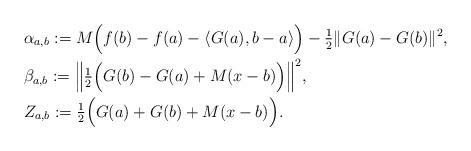
LaTeX: \begin{align*}& \alpha_{a,b} := M \Big ( f(b)-f(a)- \langle G(a), b-a \rangle \Big ) -\tfrac{1}{2}\|G(a)-G(b)\|^2,\\& \beta_{a,b} := \Big \| \tfrac{1}{2} \Big ( G(b)-G(a)+M (x-b) \Big )\Big \|^2, \\& Z_{a,b}:= \tfrac{1}{2} \Big ( G(a)+G(b)+ M (x-b) \Big ) .\end{align*}